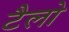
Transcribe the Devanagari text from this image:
टैलो